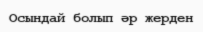
Осындай болып әр жерден